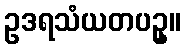
ဥဒရသံယတပဥှ။